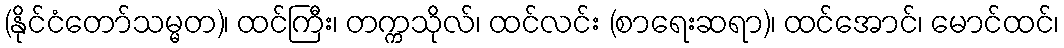
(နိုင်ငံတော်သမ္မတ)၊ ထင်ကြီး၊ တက္ကသိုလ်၊ ထင်လင်း (စာရေးဆရာ)၊ ထင်အောင်၊ မောင်ထင်၊